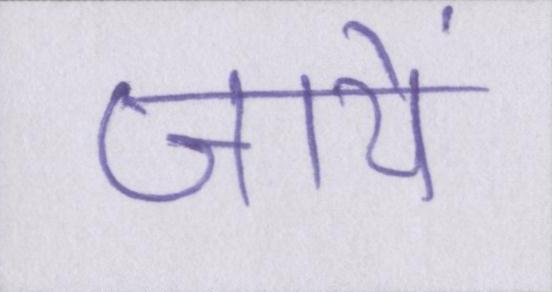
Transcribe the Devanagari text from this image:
जायें